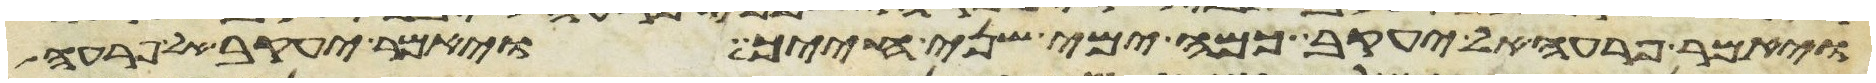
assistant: ויאמר פרעה אל יעקב כמה ימי שני חייך ויאמר יעקב אל פרעה